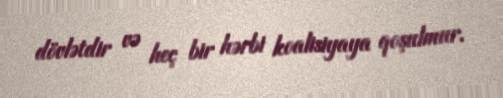
dövlətdir və heç bir hərbi koalisiyaya qoşulmur.